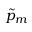
\tilde { p } _ { m }